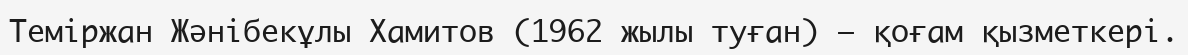
Теміржан Жәнібекұлы Хамитов (1962 жылы туған) – қоғам қызметкері.